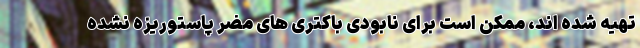
تهیه شده اند، ممکن است برای نابودی باکتری های مضر پاستوریزه نشده